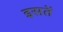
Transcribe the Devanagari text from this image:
इसतें